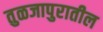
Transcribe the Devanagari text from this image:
तुळजापुरातील